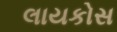
લાયકોસ